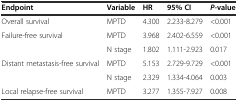
<table><thead><tr><td><b>Endpoint</b></td><td><b>Variable</b></td><td><b>HR</b></td><td><b>95% CI</b></td><td><b><i>P-</i>value</b></td></tr></thead><tbody><tr><td>Overall survival</td><td>MPTD</td><td>4.300</td><td>2.233-8.279</td><td>&lt;0.001</td></tr><tr><td>Failure-free survival</td><td>MPTD</td><td>3.968</td><td>2.402-6.559</td><td>&lt;0.001</td></tr><tr><td></td><td>N stage</td><td>1.802</td><td>1.111-2.923</td><td>0.017</td></tr><tr><td>Distant metastasis-free survival</td><td>MPTD</td><td>5.153</td><td>2.729-9.729</td><td>&lt;0.001</td></tr><tr><td></td><td>N stage</td><td>2.329</td><td>1.334-4.064</td><td>0.003</td></tr><tr><td>Local relapse-free survival</td><td>MPTD</td><td>3.277</td><td>1.355-7.927</td><td>0.008</td></tr></tbody></table>